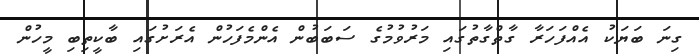
ގިނަ ބަޔަކު އެއްފަހަރާ ގާތްގާތުގައި މަރުވުމުގެ ސަބަބުން އެންމެފަހުން އެރަށުގައި ބާކީތިބި މީހުން